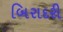
બિરાદરી